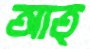
আত্